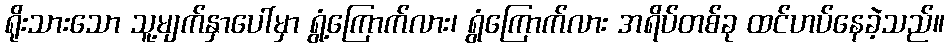
ရိုးသားသော သူ့မျက်နှာပေါ်မှာ ရွံ့ကြောက်လား၊ ရွံကြောက်လား အရိပ်တစ်ခု ထင်ဟပ်နေခဲ့သည်။